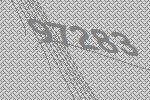
97283